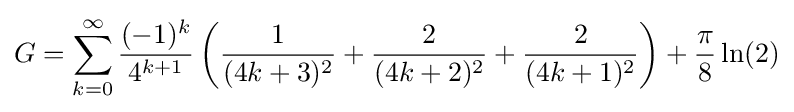
G=\sum _{k=0}^{\infty }{\frac {(-1)^{k}}{4^{k+1}}}\left({\frac {1}{(4k+3)^{2}}}+{\frac {2}{(4k+2)^{2}}}+{\frac {2}{(4k+1)^{2}}}\right)+{\frac {\pi }{8}}\ln(2)